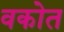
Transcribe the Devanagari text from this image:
वकोत